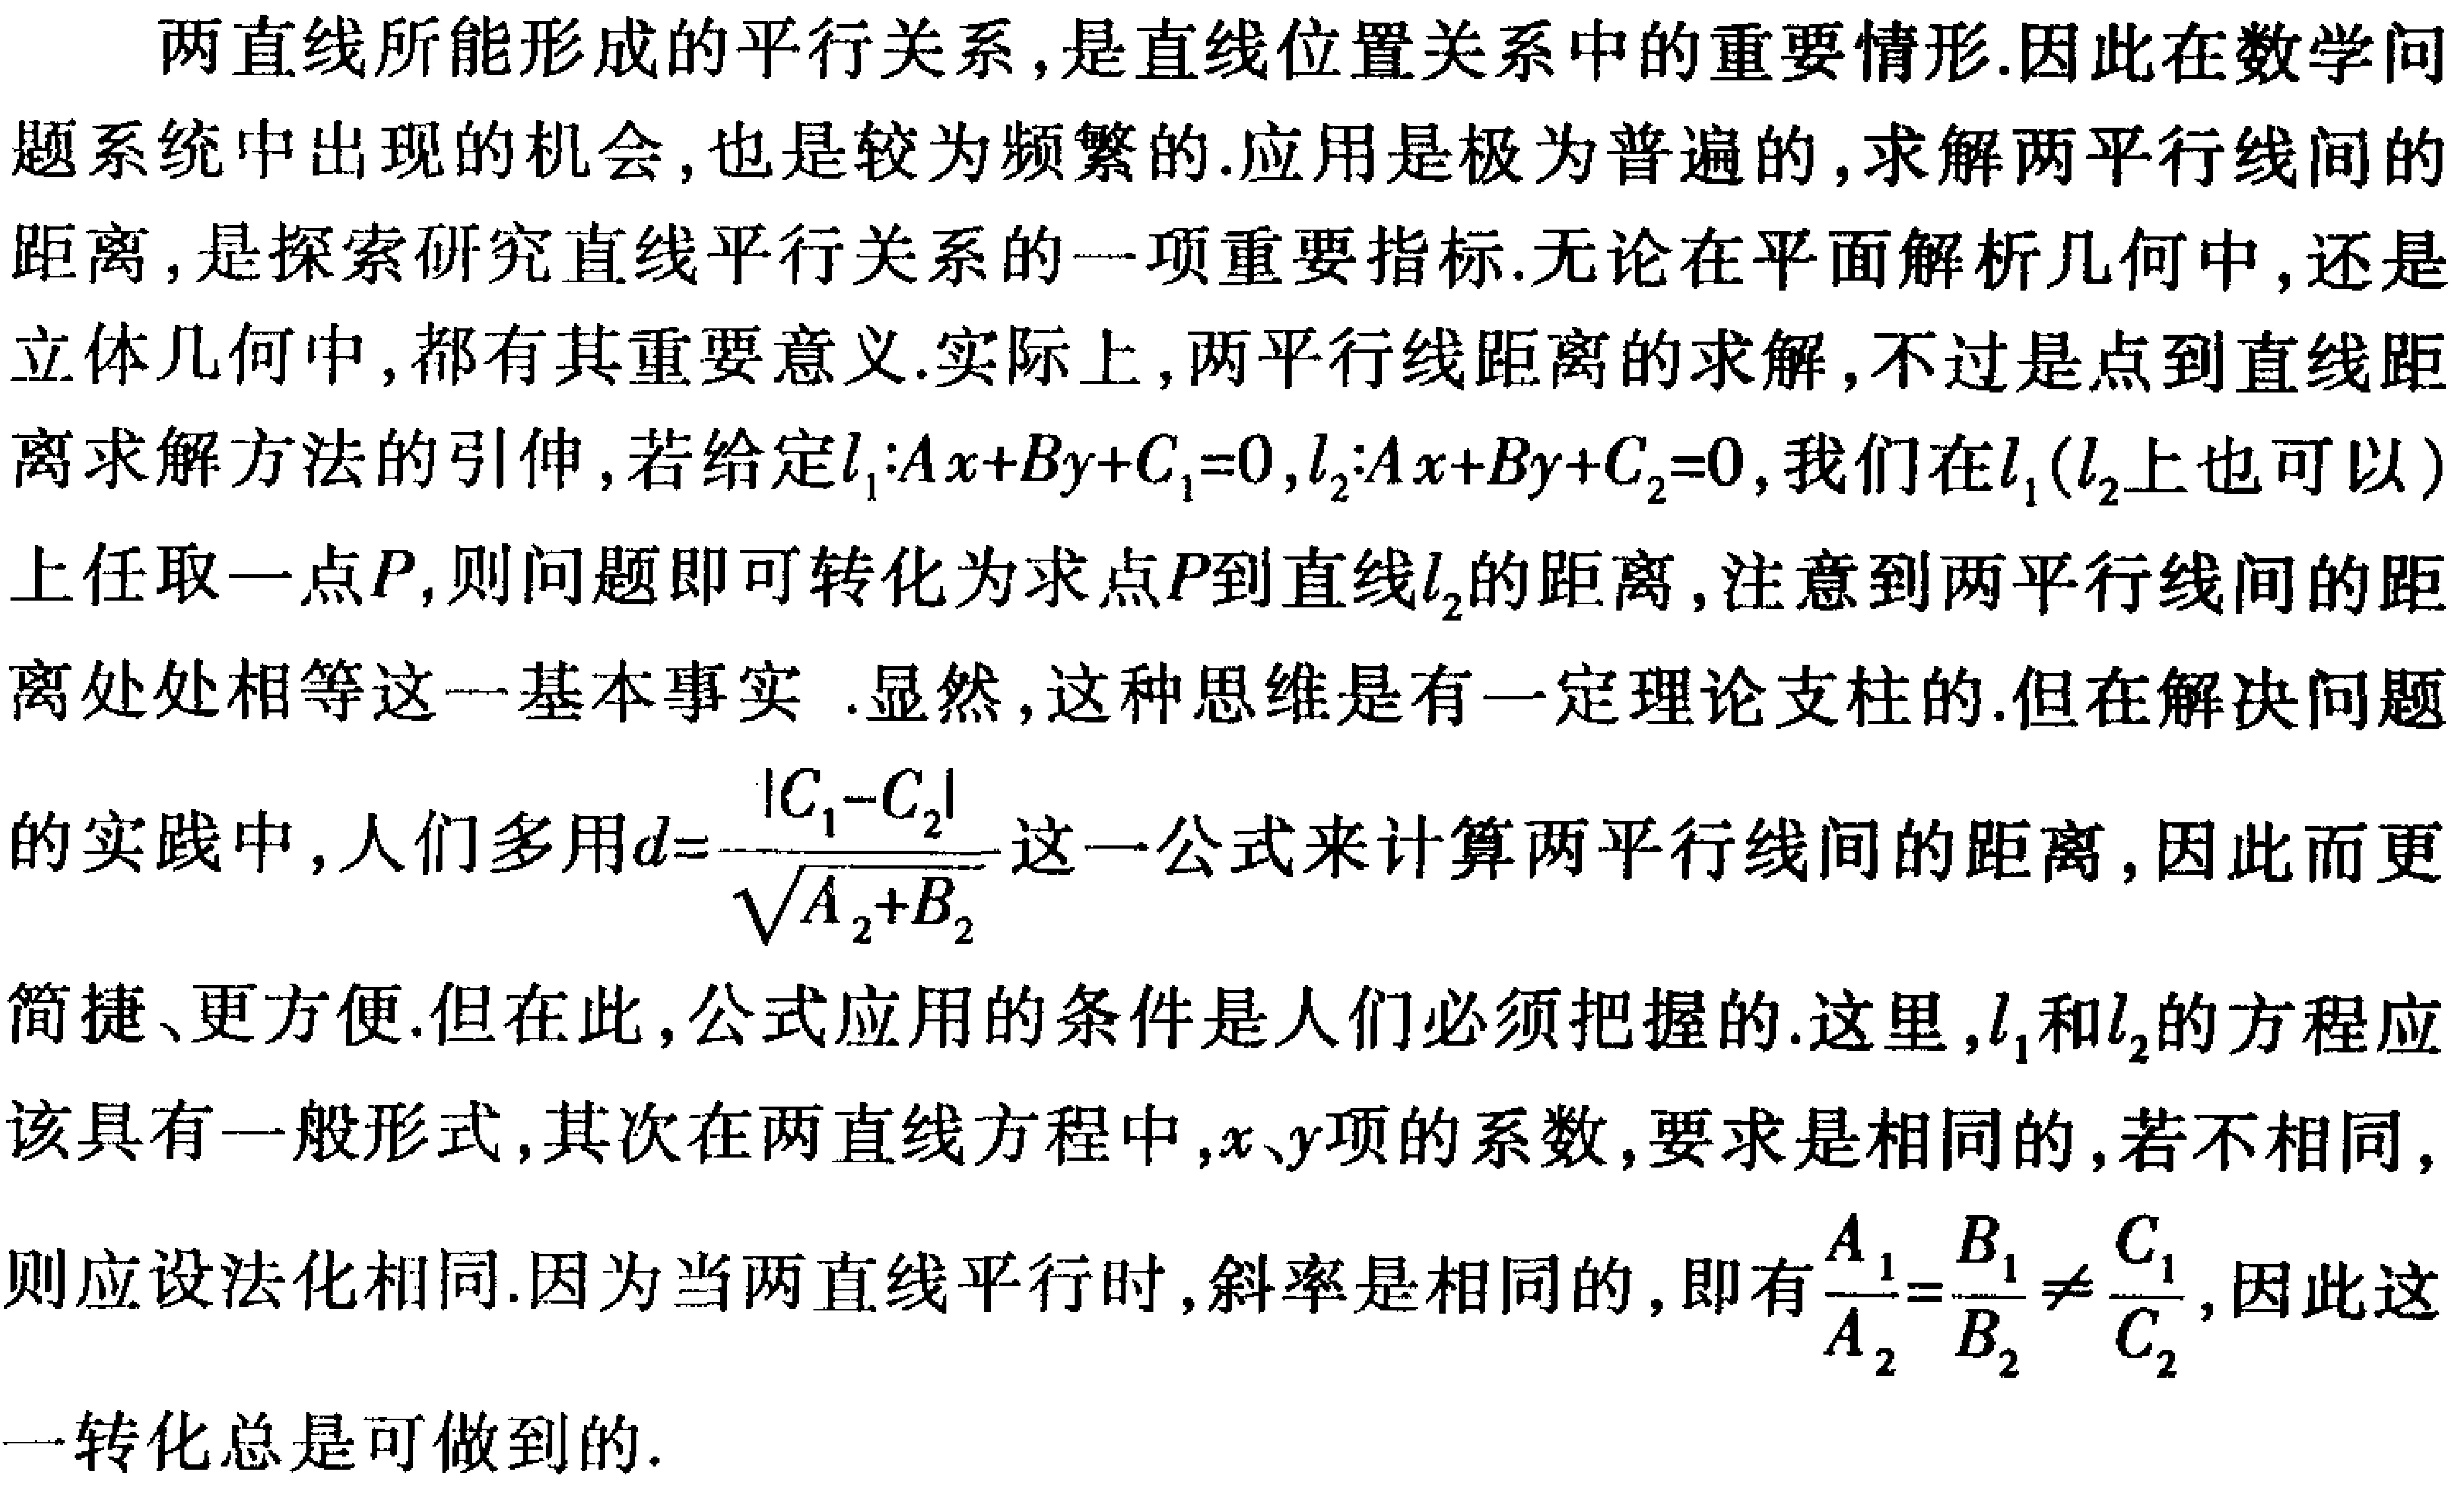
两直线所能形成的平行关系,是直线位置关系中的重要情形.因此在数学问题系统中出现的机会,也是较为频繁的.应用是极为普遍的,求解两平行线间的距离,是探索研究直线平行关系的一项重要指标.无论在平面解析几何中,还是立体几何中,都有其重要意义.实际上,两平行线距离的求解,不过是点到直线距离求解方法的引伸,若给定\(l_{1}:Ax + By + C_{1}=0\),\(l_{2}:Ax + By + C_{2}=0\),我们在\(l_{1}(l_{2}\)上也可以\()\)上任取一点\(P\),则问题即可转化为求点\(P\)到直线\(l_{2}\)的距离,注意到两平行线间的距离处处相等这一基本事实 .显然,这种思维是有一定理论支柱的.但在解决问题的实践中,人们多用\(d = \frac{\vert C_{1}-C_{2}\vert}{\sqrt{A_{2}+B_{2}}}\)这一公式来计算两平行线间的距离,因此而更简捷、更方便.但在此,公式应用的条件是人们必须把握的.这里,\(l_{1}\)和\(l_{2}\)的方程应该具有一般形式,其次在两直线方程中,\(x\)、\(y\)项的系数,要求是相同的,若不相同,则应设法化相同.因为当两直线平行时,斜率是相同的,即有\(\frac{A_{1}}{A_{2}}=\frac{B_{1}}{B_{2}}\neq\frac{C_{1}}{C_{2}}\),因此这一转化总是可做到的.